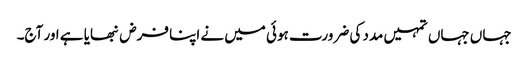
جہاں جہاں تمہیں مدد کی ضرورت ہوئی میں نے اپنا فرض نبھایا ہے اور آج۔